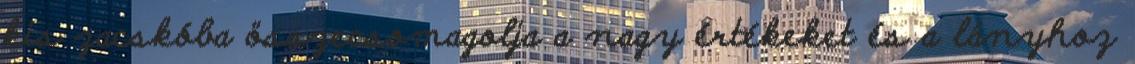
kis zacskóba összecsomagolja a nagy értékeket és a lányhoz